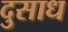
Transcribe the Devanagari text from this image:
दुसाध